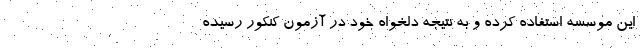
این موسسه استفاده کرده و به نتیجه دلخواه خود در آزمون کنکور رسیده